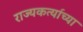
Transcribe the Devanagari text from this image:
राज्यकर्त्याच्या